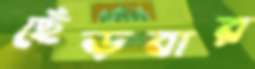
ছেঁড়বার